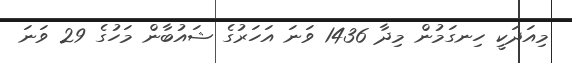
މިއަދަކީ ހިނގަމުން މިދާ 1436 ވަނަ އަހަރުގެ ޝައުބާން މަހުގެ 29 ވަނަ